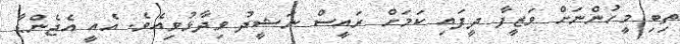
ތިބި މީހުންނަށް ވަޒީފާ ދީފައި ކަމަށް ރައީސް ނަޝީދު ވިދާޅުވިއެވެ. އެއީ އެޖެންޑާ